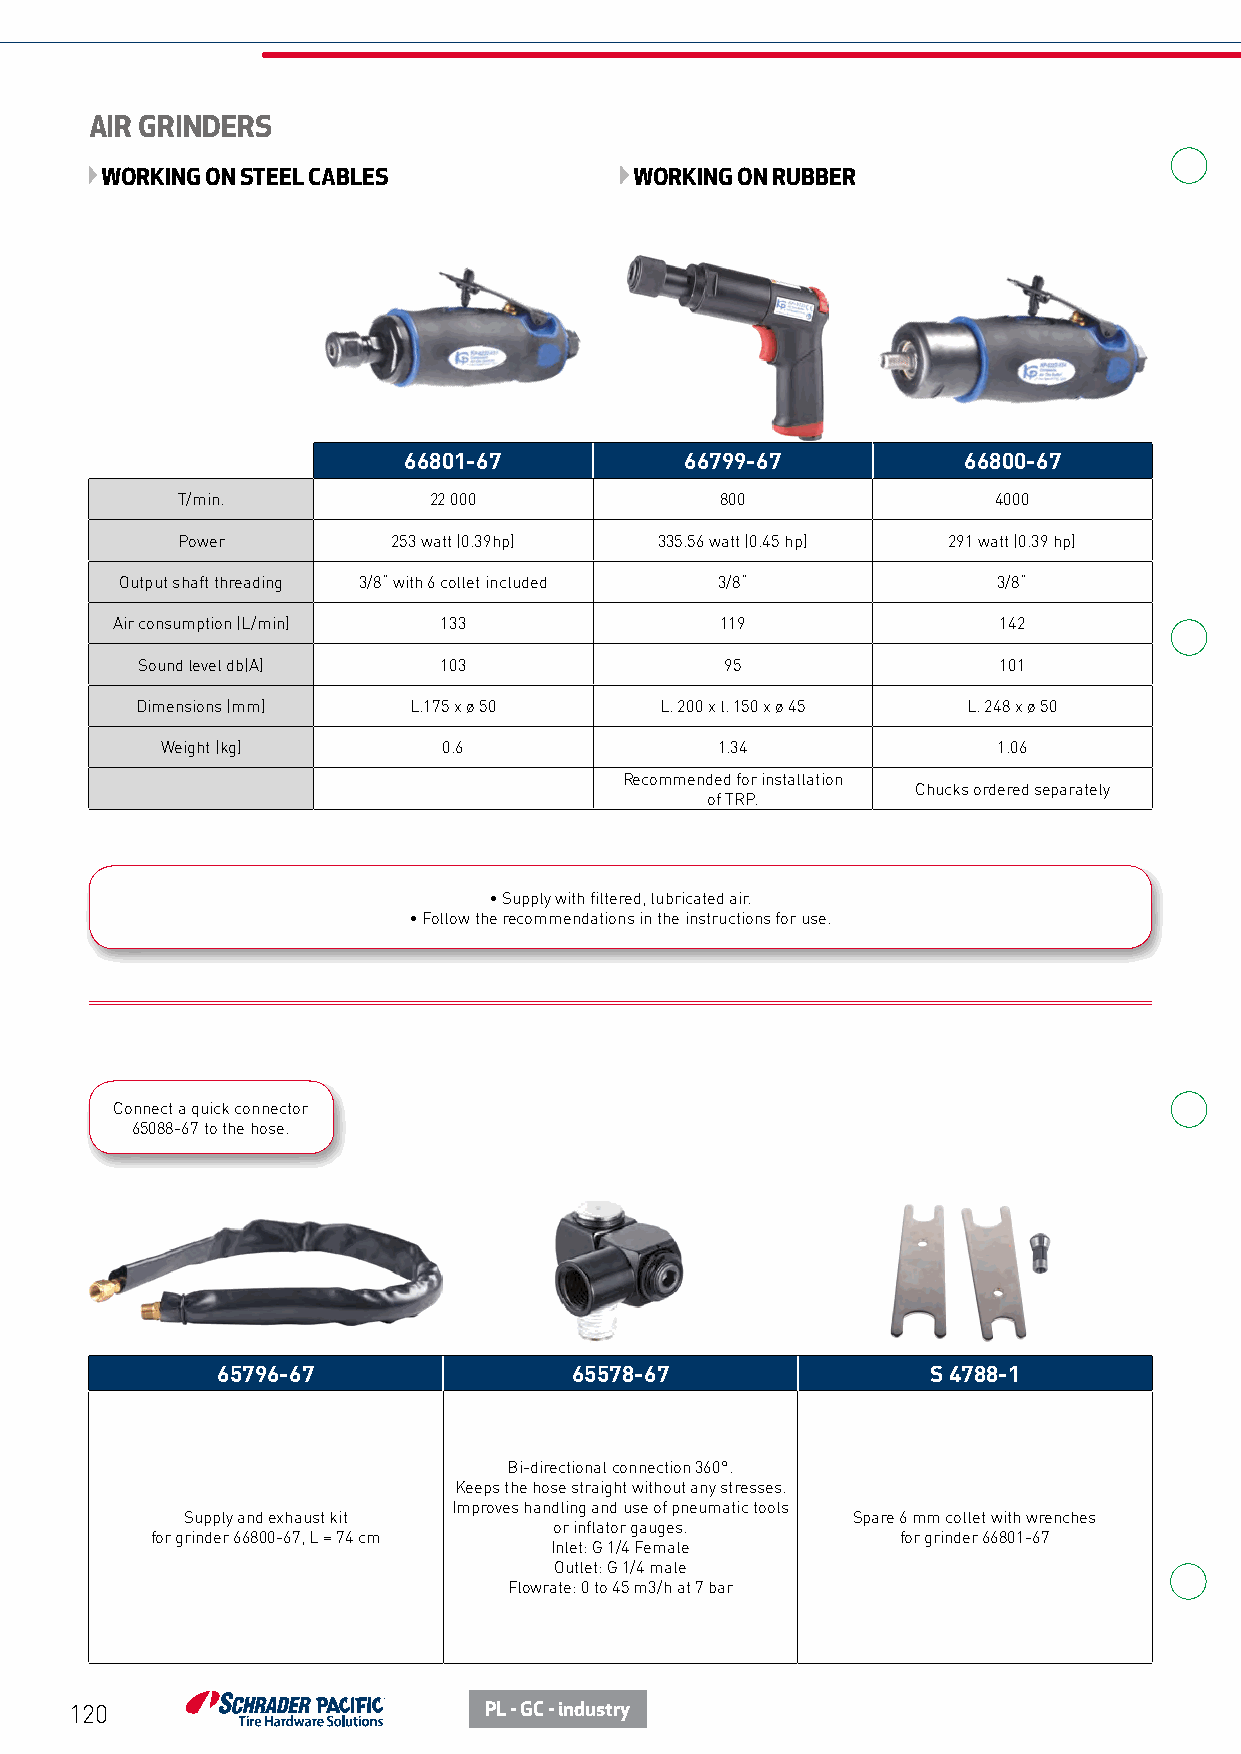
AIR GRINDERS
 WORKING ON STEEL CABLES            WORKING ON RUBBER
 66801-67          66799-67           66800-67
 T/min.          22 000              800               4000
 Power         253 watt (0.39hp) 335.56 watt (0.45 hp) 291 watt (0.39 hp)
 Output shaft threading 3/8“ with 6 collet included 3/8“   3/8“
 Air consumption (L/min) 133              119               142
 Sound level db(A)   103                95                101
 Dimensions (mm)   L.175 x ø 50     L. 200 x l. 150 x ø 45 L. 248 x ø 50
 Weight (kg)       0.6               1.34               1.06
 Recommended for installation
 Chucks ordered separately
 of TRP.
 • Supply with filtered, lubricated air.
 • Follow the recommendations in the instructions for use.
 Connect a quick connector
 65088-67 to the hose.
 65796-67                65578-67                S 4788-1
 Bi-directional connection 360°.
 Keeps the hose straight without any stresses.
 Improves handling and use of pneumatic tools
 Supply and exhaust kit                      Spare 6 mm collet with wrenches
 or inflator gauges.
 for grinder 66800-67, L = 74 cm                   for grinder 66801-67
 Inlet: G 1/4 Female
 Outlet: G 1/4 male
 Flowrate: 0 to 45 m3/h at 7 bar
 120                        PL - GC - industry